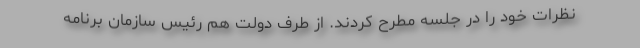
نظرات خود را در جلسه مطرح کردند. از طرف دولت هم رئیس سازمان برنامه